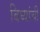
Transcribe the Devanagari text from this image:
बिघ्यांची